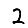
Digit: 2